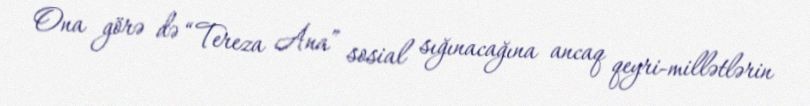
Ona görə də “Tereza Ana” sosial sığınacağına ancaq qeyri-millətlərin